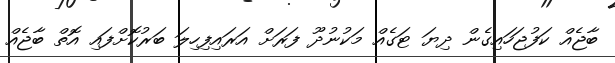
ބާޖެއް ކަފުޖަހައިގެން ދިޔަ ޓަގެއް މަކުނުދޫ ފަރަށް އަރައިފިހިލަ ބަރުކޮށްފައި އޮތް ބާޖެއް